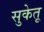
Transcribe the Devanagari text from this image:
सुकेतू